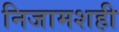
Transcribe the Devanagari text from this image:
निजामशही